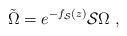
LaTeX: \begin{align*}\tilde\Omega =e^{-f_{\cal S} (z)}{\cal S}\Omega\ ,\end{align*}